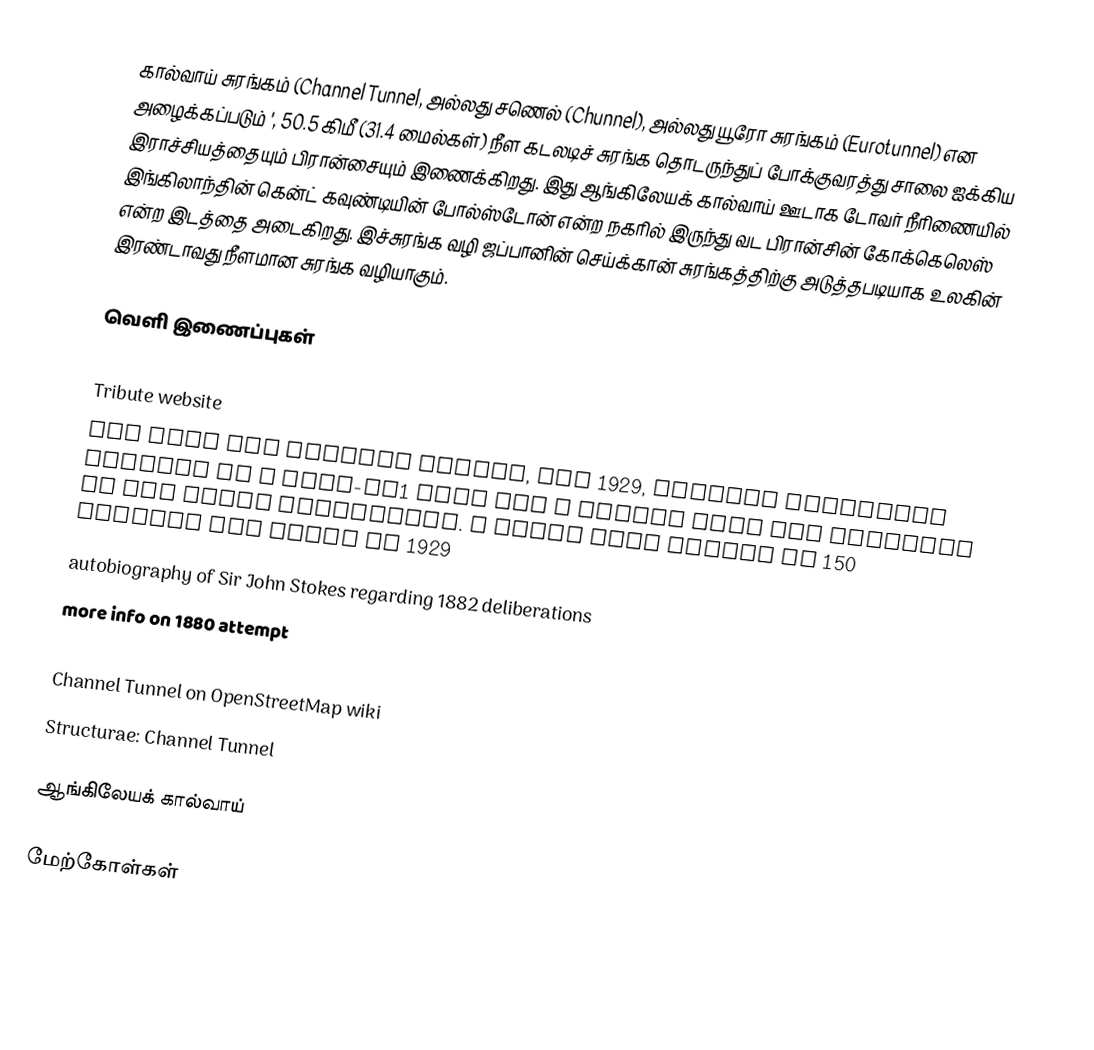
கால்வாய் சுரங்கம் (Channel Tunnel, அல்லது சணெல் (Chunnel), அல்லது யூரோ சுரங்கம் (Eurotunnel) என அழைக்கப்படும் ', 50.5 கிமீ (31.4 மைல்கள்) நீள கடலடிச் சுரங்க தொடருந்துப் போக்குவரத்து சாலை ஐக்கிய இராச்சியத்தையும் பிரான்சையும் இணைக்கிறது. இது ஆங்கிலேயக் கால்வாய் ஊடாக டோவர் நீரிணையில் இங்கிலாந்தின் கென்ட் கவுண்டியின் போல்ஸ்டோன் என்ற நகரில் இருந்து வட பிரான்சின் கோக்கெலெஸ் என்ற இடத்தை அடைகிறது. இச்சுரங்க வழி ஜப்பானின் செய்க்கான் சுரங்கத்திற்கு அடுத்தபடியாக உலகின் இரண்டாவது நீளமான சுரங்க வழியாகும்.

வெளி இணைப்புகள்

 Tribute website
 New Plan For Channel Tunnel, May 1929, Popular Mechanics article on a post-WW1 plan for a tunnel that was scrapped by the great depression. A total cost figure of 150 million was given in 1929
 autobiography of Sir John Stokes regarding 1882 deliberations
 more info on 1880 attempt

 Channel Tunnel on OpenStreetMap wiki
 Structurae: Channel Tunnel

ஆங்கிலேயக் கால்வாய்

மேற்கோள்கள்